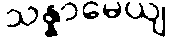
သန္နာမေယျ